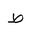
Letter: _da